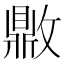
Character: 𰕗